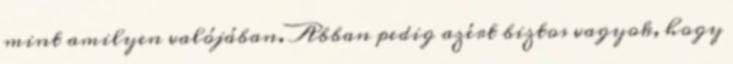
mint amilyen valójában. Abban pedig azért biztos vagyok, hogy